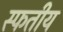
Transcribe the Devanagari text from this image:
स्फतीय